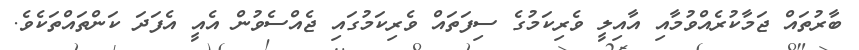
ބާރުތައް ޖަމާކުރެއްވުމާއި އާއިލީ ވެރިކަމުގެ ސިފަތައް ވެރިކަމުގައި ޖެއްސެވުން އެއީ އެފަދަ ކަންތައްތަކެވެ.